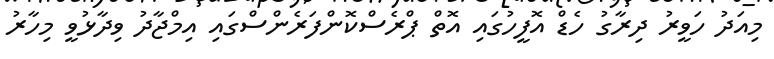
މިއަދު ހަވީރު ދިރާގު ހެޑް އޮފީހުގައި އޮތް ޕްރެސްކޮންފަރެންސްގައި އިމްޖާދު ވިދާޅުވީ މިހާރު